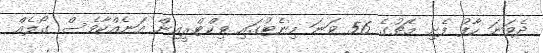
ދެވަނަ ހާފު ފެށި މެޗުގެ 56 ވަނަ މިނެޓުގައި ވިކްޓްރީއިން އަނެއްކާވެސް ގޯލެއް